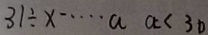
3 1 \div x \cdots a a < 3 0